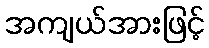
အကျယ်အားဖြင့်